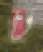
ঢ